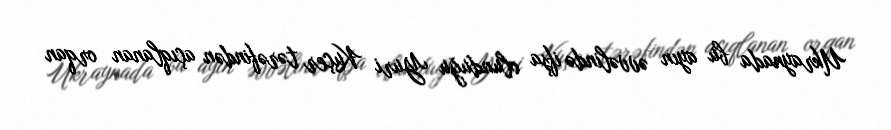
Ukraynada bu ayın əvvəlində ifşa olunduğu Yuri Kuçer tərəfindən açıqlanan orqan